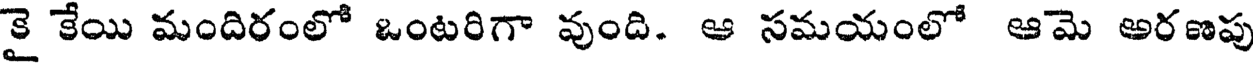
కై కేయి మందిరంలో ఒంటరిగా వుంది. ఆ సమయంలో ఆమె అరణపు